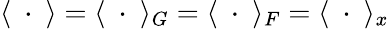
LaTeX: \langle\ \cdot\ \rangle=\langle\ \cdot\ \rangle_{{G}}=\langle\ \cdot\ \rangle_{{F}}=\langle\ \cdot\ \rangle_{x}